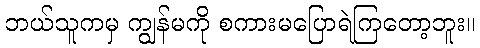
ဘယ်သူကမှ ကျွန်မကို စကားမပြောရဲကြတော့ဘူး။